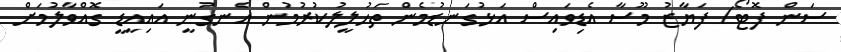
ސަން ފޮޓޯ/ ފަޔާޒު މޫސާ އެޑިވައިސް އަޅުގަނޑުމެން ތަހުލީލުކުރުމުން އެނގުނީ އައިއީޑީ ގޮއްވާލުމަށް